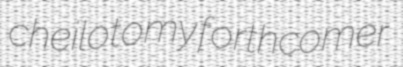
cheilotomy forthcomer